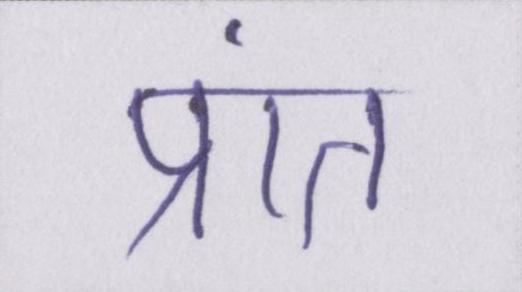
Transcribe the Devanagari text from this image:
प्रांत